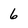
Character: 6